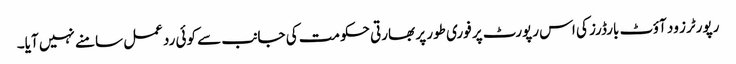
رپورٹرز ود آؤٹ بارڈرز کی اس رپورٹ پر فوری طور پر بھارتی حکومت کی جانب سے کوئی ردعمل سامنے نہیں آیا۔